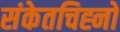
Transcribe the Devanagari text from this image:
संकेतचिह्नों